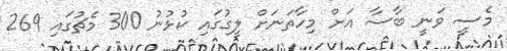
މެސީ ވަނީ ބާސާ އަށް މިހާތަނަށް ލީގުގައި ކުޅުނު 300 މެޗުގައި 269